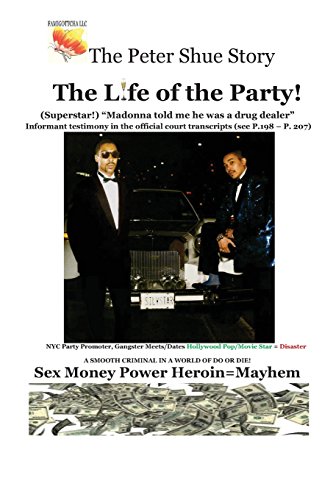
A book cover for The Peter Shue Story/ The Life of the Party!; Peter Shue; Literature & Fiction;